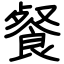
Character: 餐